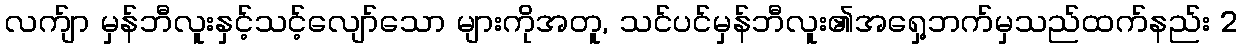
လက်ျာ မှန်ဘီလူးနှင့်သင့်လျော်သော များကိုအတူ, သင်ပင်မှန်ဘီလူး၏အရှေ့ဘက်မှသည်ထက်နည်း 2